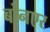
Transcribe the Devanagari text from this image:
बोनएर